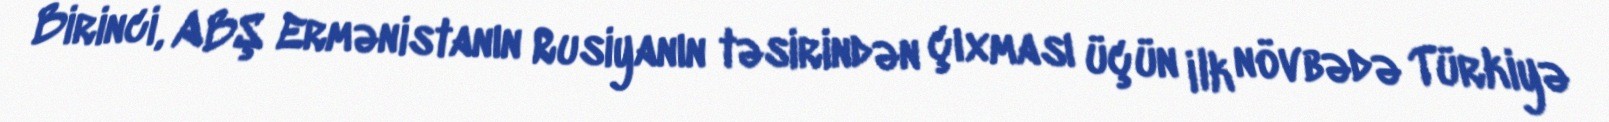
Birinci, ABŞ Ermənistanın Rusiyanın təsirindən çıxması üçün ilk növbədə Türkiyə